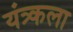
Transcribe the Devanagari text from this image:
यंत्र्कला